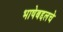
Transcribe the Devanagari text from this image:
भाषेबद्दलचे